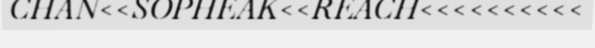
CHAN<<SOPHEAK<<REACH<<<<<<<<<<